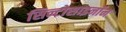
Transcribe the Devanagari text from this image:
सिन्टोसाइनॉन